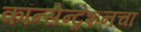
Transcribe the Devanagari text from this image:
कॉन्सेन्ट्रेशनचा